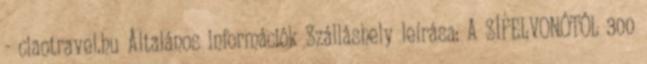
- ciaotravel.hu Általános információk Szálláshely leírása: A SÍFELVONÓTÓL 300